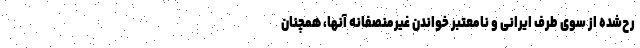
رح‌شده از سوی طرف ایرانی و نامعتبر خواندن غیرمنصفانه آنها، همچنان